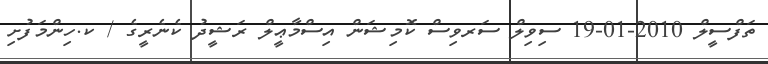
ތަފްސީލް 2010-01-19 ސިވިލް ސަރވިސް ކޮމިޝަން އިސްމާޢީލް ރަޝީދު ކެނެރީގެ / ކ.ހިންމަފުށި